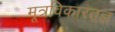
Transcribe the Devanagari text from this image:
मूत्रविकारतज्ञ